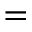
=